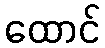
ထောင်